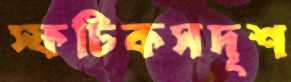
স্ফটিকসদৃশ